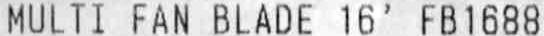
MULTI FAN BLADE 16' FB1688